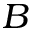
B